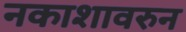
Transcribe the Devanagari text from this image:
नकाशावरुन